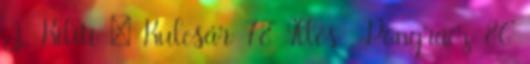
J., Kiliti – Kulcsár 78’ Illés , Pongrácz 86’